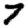
Digit: 7